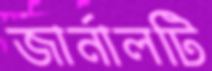
জার্নালটি